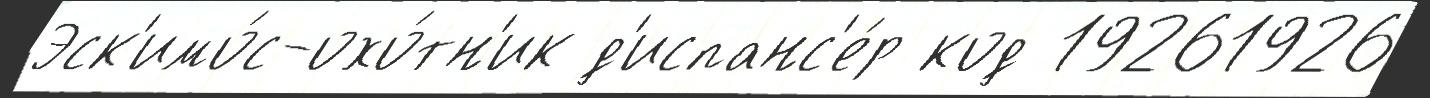
Эск'имо́с-охо́тн'ик д'испанс'е́р код 19261926